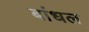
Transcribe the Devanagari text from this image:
बांधल